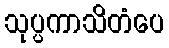
သုပ္ပကာသိတံပေ